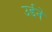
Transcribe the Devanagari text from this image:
उर्डने